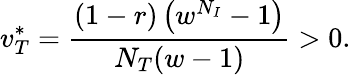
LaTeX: v_{T}^{*}=\frac{(1-r)\left(w^{N_{I}}-1\right)}{N_{T}(w-1)}>0.